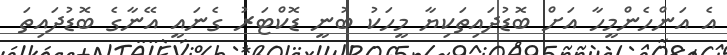
އެ އަންހެންމީހާ އަށް ބޮޑުދައިތަކިޔާ މީހަކު ބުނީ ޑޮކްޓަރު ގެނައީ އޭނާގެ ބޮޑުދައިތަ